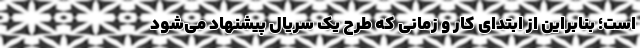
است؛ بنابراین از ابتدای کار و زمانی‌ که طرح یک سریال پیشنهاد می‌شود